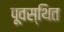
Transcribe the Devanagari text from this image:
पूवस्थित